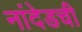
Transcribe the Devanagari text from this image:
नांदेडची